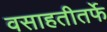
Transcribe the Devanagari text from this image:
वसाहतीतर्फे